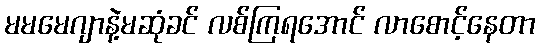
မမမေဂျာနဲ့မဆုံခင် လစ်ကြရအောင် လာစောင့်နေတာ